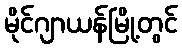
မိုင်ဂျာယန်မြို့တွင်